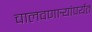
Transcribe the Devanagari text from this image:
चालवणार्‍यांपर्यंत